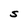
Character: S